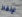
لإنقاذ